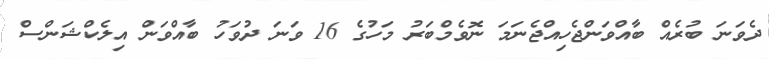
ދެވަނަ ބުރެއް ބާއްވަންޖެހިއްޖެނަމަ ނޮވެމްބަރު މަހުގެ 16 ވަނަ ދުވަހު ބާއްވަން އިލެކްޝަންސް